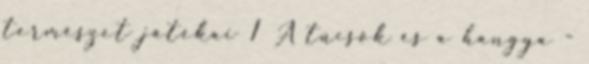
természet játékai 1 A tücsök és a hangya -